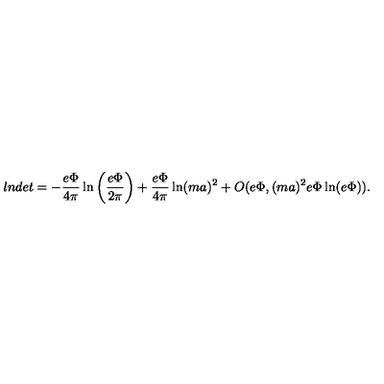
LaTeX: l n d e t = - \frac { e \Phi } { 4 \pi } \ln \left( \frac { e \Phi } { 2 \pi } \right) + \frac { e \Phi } { 4 \pi } \ln ( m a ) ^ { 2 } + O ( e \Phi , ( m a ) ^ { 2 } e \Phi \ln ( e \Phi ) ) .